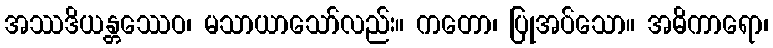
အဿဒိယန္တဿေဝ၊ မသာယာသော်လည်း။ ကတော၊ ပြုအပ်သော။ အဓိကာရော၊